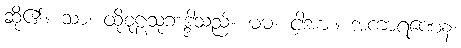
ဆို၏။ သာ၊ ထိုစူဠသုဘဒ္ဒါသည်။ မမ၊ ငါ့အား။ အကာရဏေန၊